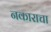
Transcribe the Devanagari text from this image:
नकाराचा